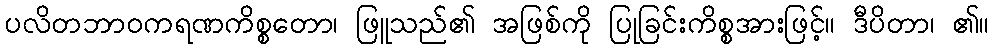
ပလိတဘာဝကရဏကိစ္စတော၊ ဖြူသည်၏ အဖြစ်ကို ပြုခြင်းကိစ္စအားဖြင့်။ ဒီပိတာ၊ ၏။